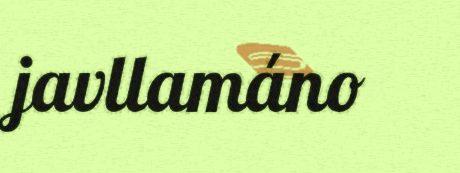
javllamáno